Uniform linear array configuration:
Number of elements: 4
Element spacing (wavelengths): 1
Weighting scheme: kaiser
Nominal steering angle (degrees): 30
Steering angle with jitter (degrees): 29.757
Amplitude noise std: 0.05
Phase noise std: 0.05

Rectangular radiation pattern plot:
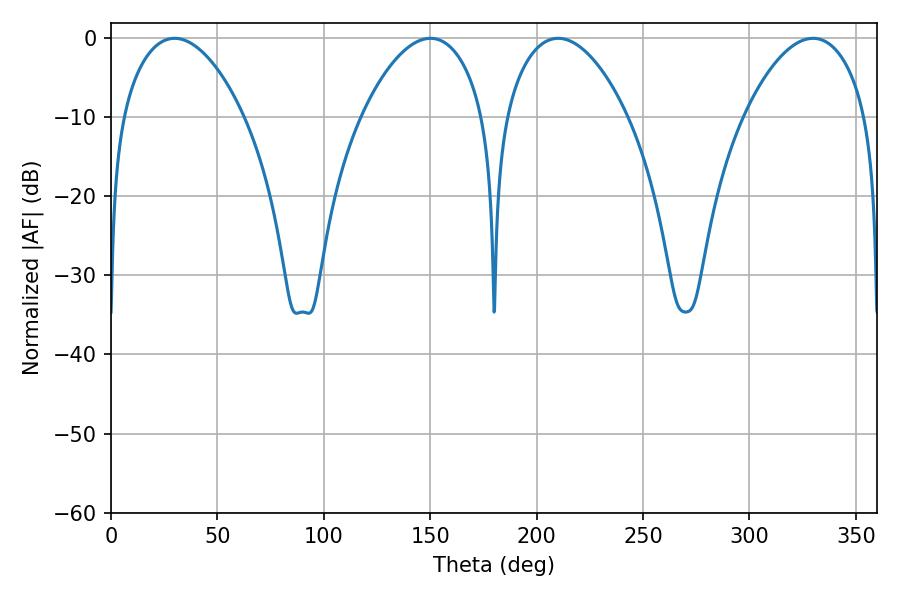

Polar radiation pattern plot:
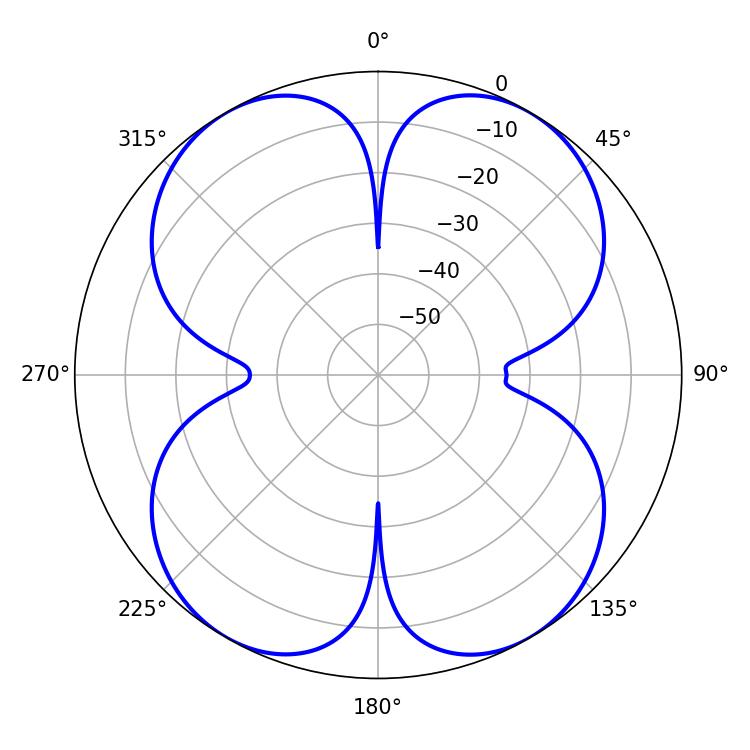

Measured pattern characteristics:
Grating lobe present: TRUE
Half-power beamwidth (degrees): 32.04
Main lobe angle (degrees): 29.88